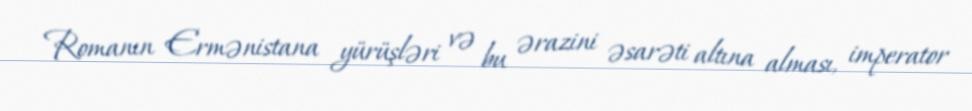
Romanın Ermənistana yürüşləri və bu ərazini əsarəti altına alması, imperator